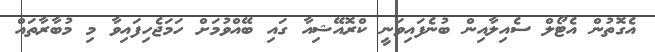
އެގޮތުން އެޓޯލް ސެއިލާއިން ބުނެފައިވަނީ ކްރޮއޭޝިއާ ގައި ބޭއްވުމަށް ހަމަޖެހިފައިވާ މި މުބާރާތައް